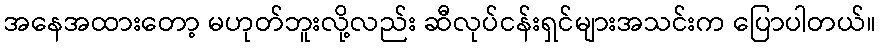
အနေအထားတော့ မဟုတ်ဘူးလို့လည်း ဆီလုပ်ငန်းရှင်များအသင်းက ပြောပါတယ်။